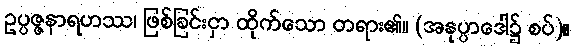
ဥပ္ပဇ္ဇနာရဟဿ၊ ဖြစ်ခြင်းငှာ ထိုက်သော တရား၏။ (အနုပ္ပာဒေါ၌ စပ်)။